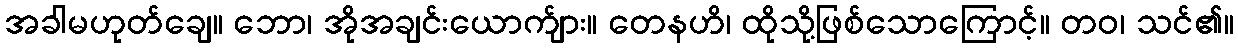
အခါမဟုတ်ချေ။ ဘော၊ အိုအချင်းယောက်ျား။ တေနဟိ၊ ထိုသို့ဖြစ်သောကြောင့်။ တဝ၊ သင်၏။